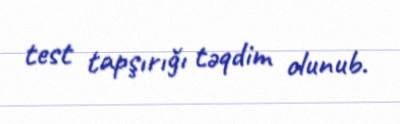
test tapşırığı təqdim olunub.